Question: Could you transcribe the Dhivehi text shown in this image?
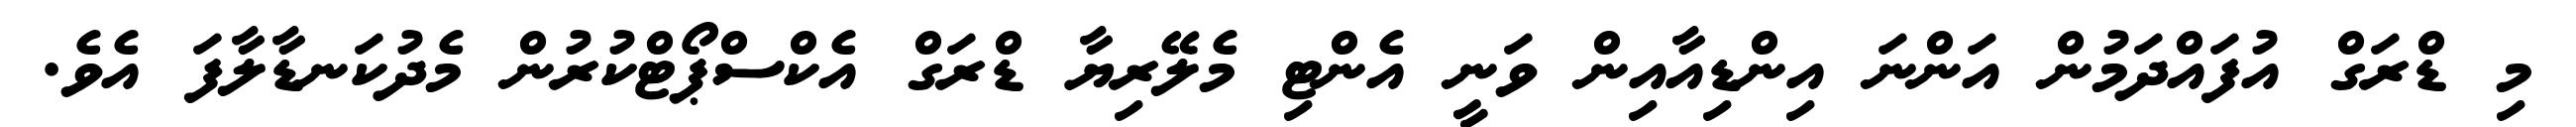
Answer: މި ޑްރަގް އުފައްދަމުން އަންނަ އިންޑިއާއިން ވަނީ އެންޓި މެލޭރިޔާ ޑްރަގް އެކްސްޕޯޓްކުރުން މެދުކަނޑާލާފަ އެވެ.